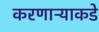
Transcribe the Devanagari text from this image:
करणाऱ्याकडे